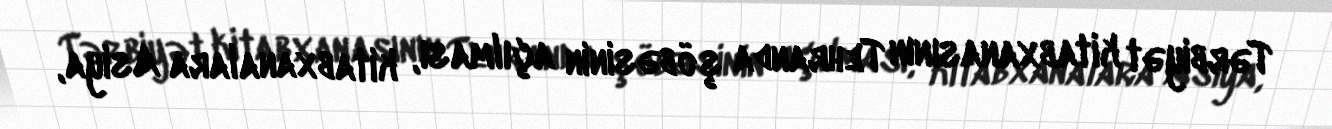
Tərbiyət kitabxanasının Tehranda şöbəsinin açılması, kitabxanalara Asiya,